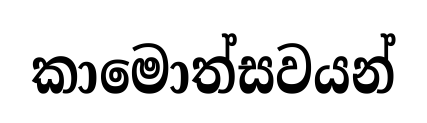
කාමොත්සවයන්